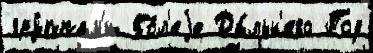
гру́ппам'и бо́л'еjе Да́льн'его Под